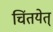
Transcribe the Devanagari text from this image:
चिंतयेत्